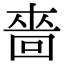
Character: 嗇